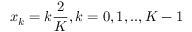
x _ { k } = k \frac { 2 } { K } , k = 0 , 1 , . . , K - 1